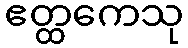
ဧတ္ထကေသု